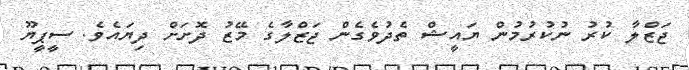
ޖަޒްލާ ކުރު ނުކުރުމުން ޔައީޝް ތެދުވެގެން ޖަޒްލާގެ މޭޒު ދޮށަށް ދިޔައެވެ. ސީޕީޔޫ